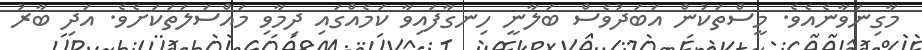
މާގިނަވާނެއެވެ. މީސްތަކުން އަބަދުވެސް ބަލާނީ ހިނގާފައިވާ ކަމެއްގައި ދިމާވި މައްސަލަތަކަށެވެ. އަދި ބާރު